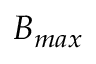
B _ { m a x }